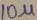
Text: 10µ